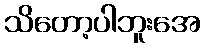
သိတော့ပါဘူးအေ